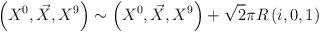
LaTeX: \begin{align*}\left( X^0,\vec X, X^9\right)\sim \left( X^0, \vec X,X^9\right)+\sqrt{2}\pi R\left( i,0,1\right)\end{align*}